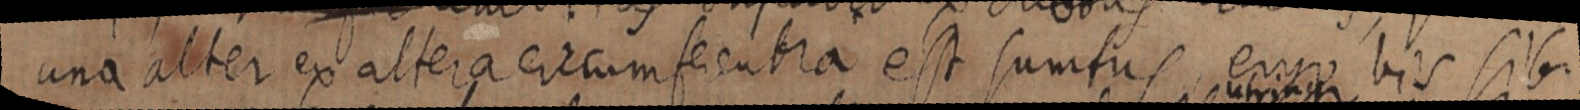
una alter ex altera circumferentia est sumtus ergo bis sibi